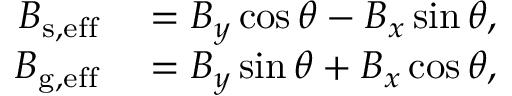
\begin{array} { r l } { B _ { \mathrm { s , e f f } } } & { { } = B _ { y } \cos \theta - B _ { x } \sin \theta , } \\ { B _ { \mathrm { g , e f f } } } & { { } = B _ { y } \sin \theta + B _ { x } \cos \theta , } \end{array}